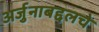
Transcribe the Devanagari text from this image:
अर्जुनाबद्दलचे